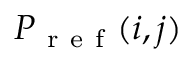
P _ { \mathrm { ~ r ~ e ~ f ~ } } ( i , j )